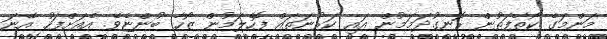
މަންމަގެ ކޯތާފަތުން ރޮނގުދަމަމުން އައި ކަރުނަތައް ފޮހެލަމުން ޒޯހާ ބުންޏެވެ. އެއަށްފަހު އޭނަ